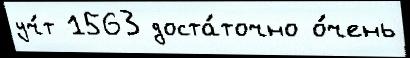
уч́т 1563 доста́точно о́чень